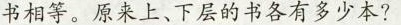
书相等。原来上、下层的书各有多少本?